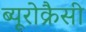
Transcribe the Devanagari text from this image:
ब्यूरोक्रैसी